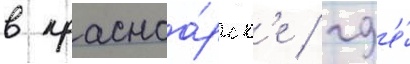
в красноа́рск'е / гд'е́